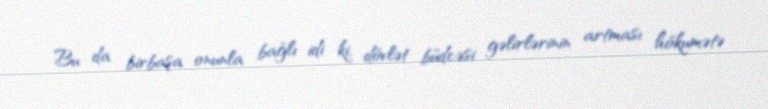
Bu da birbaşa onunla bağlı idi ki, dövlət büdcəsi gəlirlərinin artması hökumətə